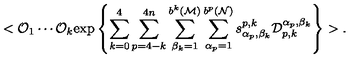
< { \cal O } _ { 1 } \cdots { \cal O } _ { k } \mathrm { e x p } \left\{ \sum _ { k = 0 } ^ { 4 } \sum _ { p = 4 - k } ^ { 4 n } \sum _ { \beta _ { k } = 1 } ^ { b ^ { k } ( { \cal M } ) } \sum _ { \alpha _ { p } = 1 } ^ { b ^ { p } ( { \cal N } ) } s _ { \alpha _ { p } , \beta _ { k } } ^ { p , k } { \cal D } _ { p , k } ^ { \alpha _ { p } , \beta _ { k } } \right\} > .